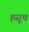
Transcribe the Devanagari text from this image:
हसूच